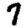
Digit: 7